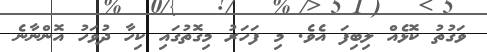
ވަގުތު ކޮޅެއް ލިބިފަ އެވެ. މި ފަހަރު މިގޮތުގައި ކިހާ ދުވަހު އޮންނާނެ